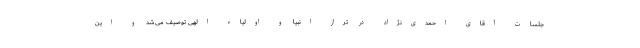
جلسات آقای احمدی‌نژاد در تراز انبیا و اولیاء الهی توصیف می‌شد و این